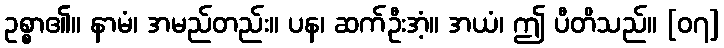
ဥစ္စာ၏။ နာမံ၊ အမည်တည်း။ ပန၊ ဆက်ဦးအံ့။ အယံ၊ ဤ ပီတိသည်။ [၀၇]